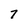
Character: 7